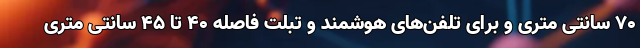
70 سانتی متری و برای تلفن‌های هوشمند و تبلت فاصله 40 تا 45 سانتی متری